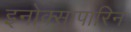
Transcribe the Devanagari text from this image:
इनोक्सापारिन